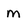
Character: m